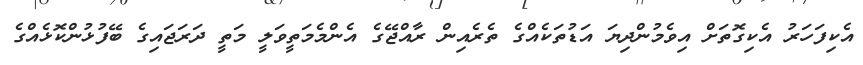
އެކިފަހަރު އެކިގޮތަށް އިވެމުންދިޔަ އަޑުތަކެއްގެ ތެރެއިން ރާއްޖޭގެ އެންމެމަތީވަލީ މަތީ ދަރަޖައިގެ ބޭފުޅުންކޮޅެއްގެ